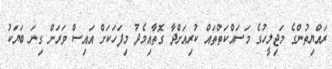
ރައްޔިތުންގެ މަޖިލީހުގެ މަސައްކަތްތައް ކުރިއަށްދާ ގޮތާއިމެދު މިފަހަކަށް އައިސް ވަރަށް ގިނަ ބަޔަކު